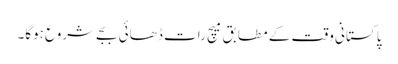
پاکستانی وقت کے مطابق میچ رات ڈھائی بجے شروع ہوگا۔